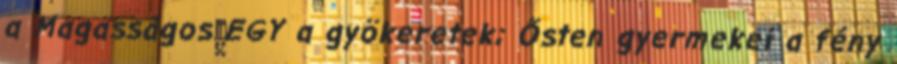
a Magasságos EGY a gyökeretek; Ősten gyermekei a fény